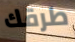
طرقك